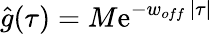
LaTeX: \hat{g}(\tau)=M\mathrm{e}^{-w_{off}\, |\tau|}